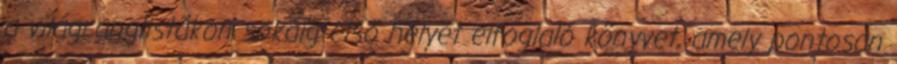
a világranglistákon sokáig elsõ helyet elfoglaló könyvet, amely pontosan